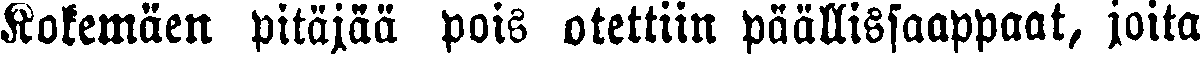
Kokemäen pitäjää pois otettiin päällissaappaat, joita